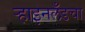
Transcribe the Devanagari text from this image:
ऱ्हाइनलँडचा